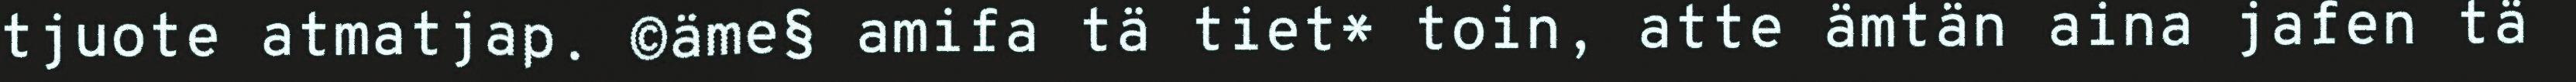
tjuote atmatjap. ©äme§ amifa tä tiet* toin, atte ämtän aina jafen tä